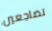
تضاجعين